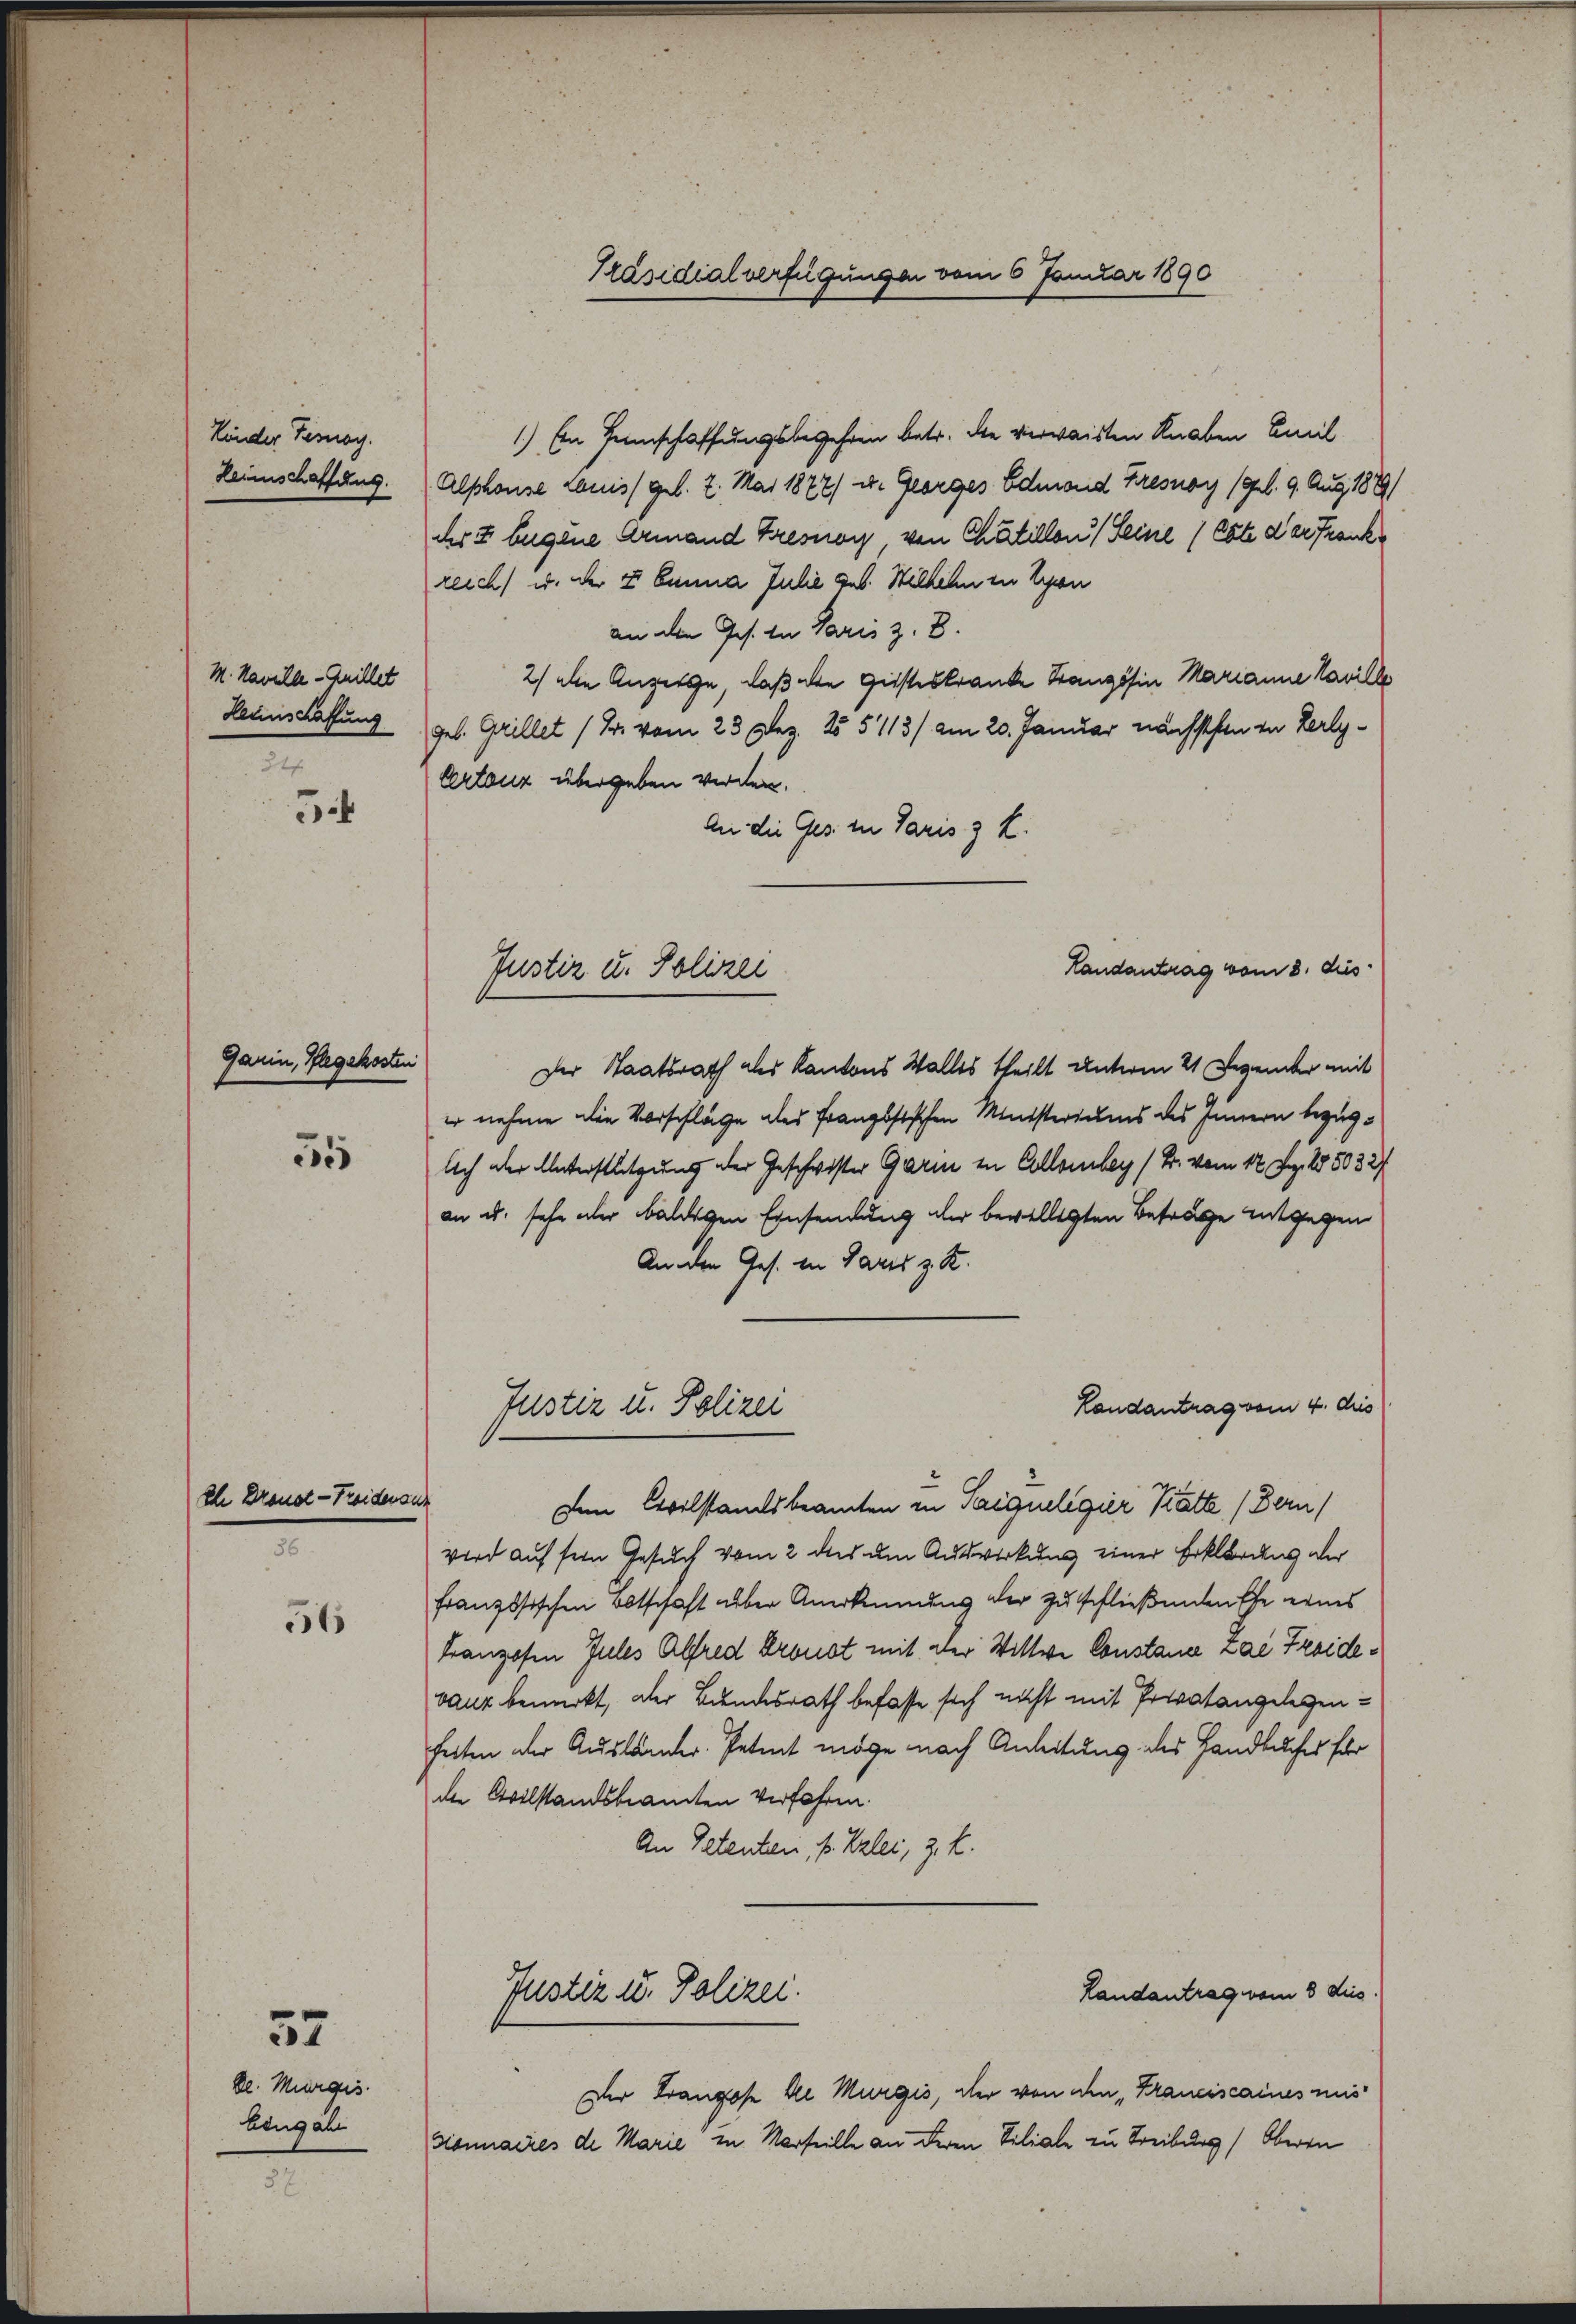
Kinder Teray.
Leimschaffung.

M. Kavelle - Anillet
Leuschaffung
24

5

Garin, Pflegekosten

55

Eh Brandt - Treideranz

56

57

kl. Murgis
Lengabe

1.) Ein Heimschaffungsbegehren betr. die verwaisten Knaben Amil
Alschause Lauis (geb. 2. Mai 1872) u. Georges Edmond Fresnoy /9 l. 9. Aug. 1889/
der E. Eugene Armand Tresnoy, von Chatillen (Seine (Ebte der Frank
reich u. der E. Einna Julie geb. Wilheln in Spon
an den Ges. in Paris z. B.
2) die Anzeige, daß die Geisteskranke Stanzösin Marianne Paville
geb. Grillet (Dr. vom 23. Dez. 25. 5113/ am 20. Januar nächsten in Zerly¬
Certonz übergeben werden.
An die Ges. in Paris 3 f.
Landantrag vom 8. dies
Der Staatsrath als Kantons Walles theilt unterm 21 Dezember mit
er nehme die Vorschläge des Französischen Ministeriums des Innern bezüg¬
Ach aber Unterstützung der Geschwister Garm in Collombey /B. vom 12. Dez. 185032/
an u. sehr aber baldigen Einsendung der bewilligten Betrage entgegen
An den Ges. in Paris z. R.
Landantrag vom 4. dies
Justiz u. Polizei
Den Civilstandsbeamten in Saiqueligier Katte (Bern)
wird auf sein Gesuch vom 2 dies um Auswirkung einer Erklärung der
französischen Botschaft aber Anerkennung der zu schließenden Ehe eines
Franzosen Jules Alfred Kronat mit der Wittwe Constana Lai Freidevaux bemerkt, aber Bundesrath befasse sich nicht mit Privatangelegenheiten der Ausländer Petent möge nach Anleitung des Handbuches für
der Civilstandsbeamten verfahren.
An Petenten, s. Erlei, z. K.
Landantrag vom 8 dies.
Puster u. Polizei.
Der Franzose de Murgis, der von den „Franciscaines mis
sionnaires de Marie zu Marseille an deren Viliale zu Treiburg (Oberen

Justiz u. Polizei

Präsidialverfügungen vom 6 Januar 1890